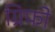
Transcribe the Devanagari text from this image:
ग्रिफो